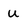
Character: u